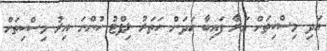
އަދި މިސްކިތަށް އަރާ ފައިބާ ހަދަން ހަތަރު ލިފްޓު ހުންނަ އިރު މިސްކިތަށް